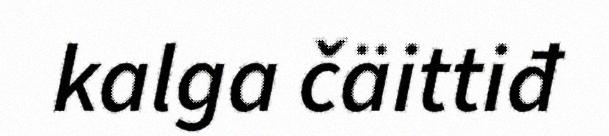
kalga čäittiđ